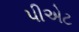
પીએટ